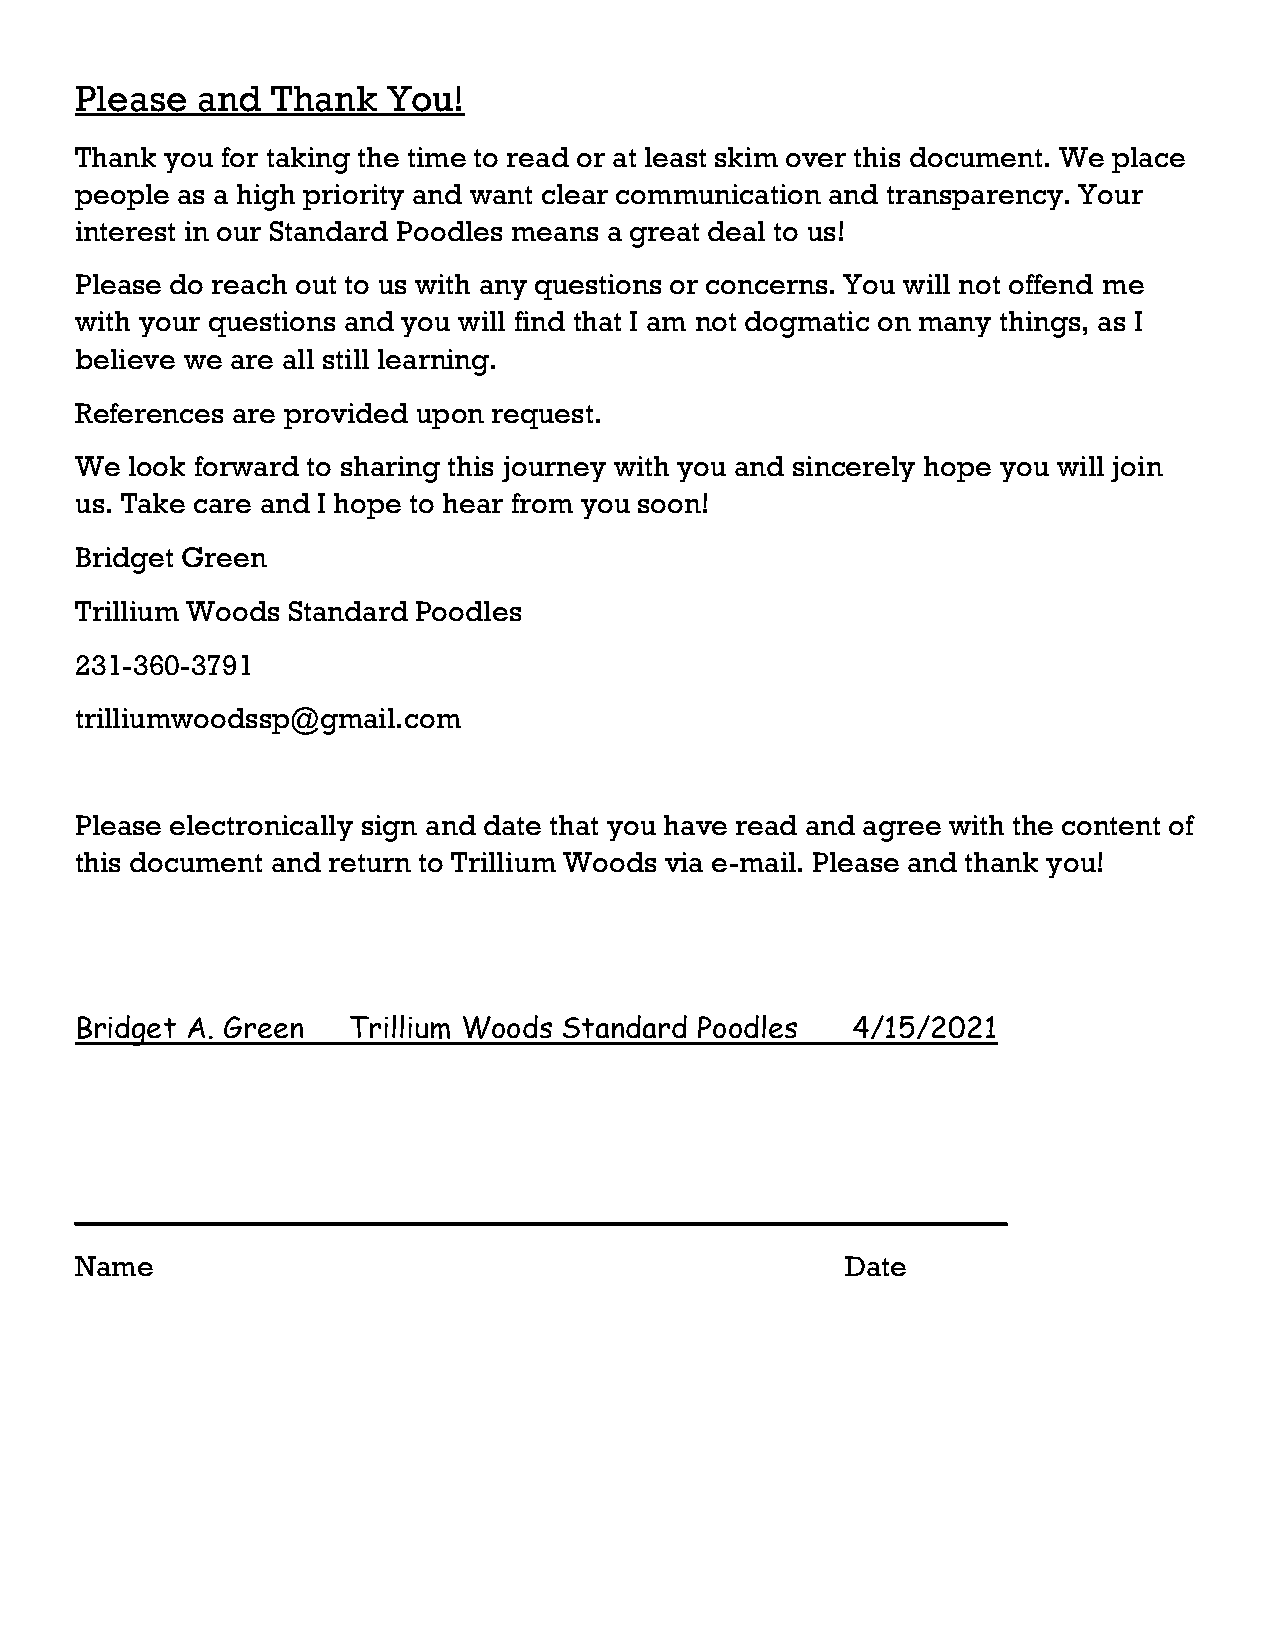
Please  and  Thank   You!
 Thank you for taking the time to read or at least skim over this document. We place
 people as a high priority and want clear communication and transparency. Your
 interest in our Standard Poodles means a great deal to us!
 Please do reach out to us with any questions or concerns. You will not offend me
 with your questions and you will find that I am not dogmatic on many things, as I
 believe we are all still learning.
 References are provided upon request.
 We look forward to sharing this journey with you and sincerely hope you will join
 us. Take care and I hope to hear from you soon!
 Bridget Green
 Trillium Woods Standard Poodles
 231-360-3791
 trilliumwoodssp@gmail.com
 Please electronically sign and date that you have read and agree with the content of
 this document and return to Trillium Woods via e-mail. Please and thank you!
 Bridget A. Green  Trillium Woods Standard Poodles  4/15/2021
 ___________________________________________________
 Name                                               Date